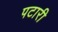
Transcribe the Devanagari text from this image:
पटारी